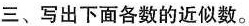
三、写出下面各数的近似数。